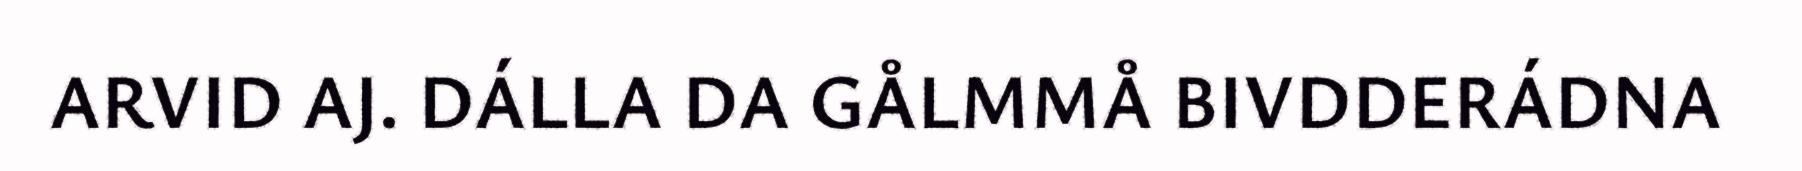
ARVID AJ. DÁLLA DA GÅLMMÅ BIVDDERÁDNA